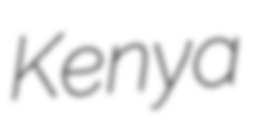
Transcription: Kenya